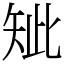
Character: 䂑